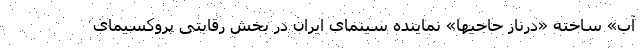
آب» ساخته «درناز حاجیها» نماینده سینمای ایران در بخش رقابتی پروکسیمای